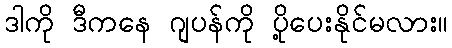
ဒါကို ဒီကနေ ဂျပန်ကို ပို့ပေးနိုင်မလား။